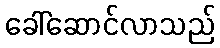
ခေါ်ဆောင်လာသည်